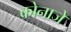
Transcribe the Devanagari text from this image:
कोनाजे